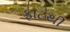
ફાટથી